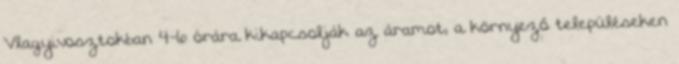
Vlagyivosztokban 4-6 órára kikapcsolják az áramot, a környező településeken